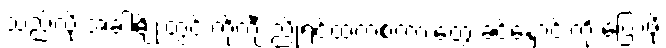
သည်လို အခါမျိုးတွင် ကိုကျီးညိုရင်ထဲကစကားတွေ ခင်နှောင်းကို ပြောဖို့